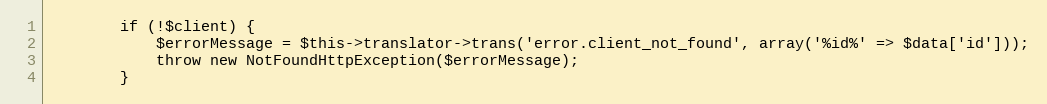
Language: PHP
        if (!$client) {
            $errorMessage = $this->translator->trans('error.client_not_found', array('%id%' => $data['id']));
            throw new NotFoundHttpException($errorMessage);
        }